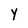
Character: Y